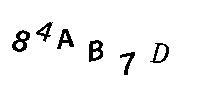
84AB7D